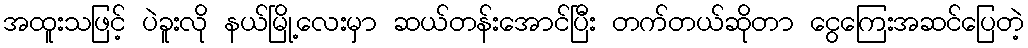
အထူးသဖြင့် ပဲခူးလို နယ်မြို့လေးမှာ ဆယ်တန်းအောင်ပြီး တက်တယ်ဆိုတာ ငွေကြေးအဆင်ပြေတဲ့